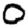
Digit: 0